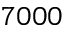
7 0 0 0